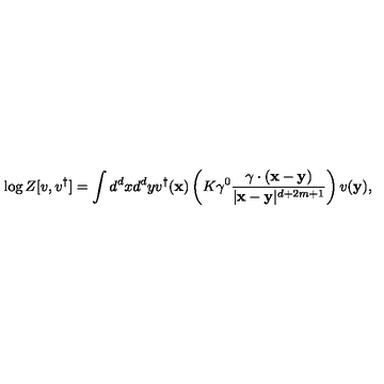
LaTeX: \log Z [ { v } , { v } ^ { \dagger } ] = \int d ^ { d } { x } d ^ { d } { y } { v } ^ { \dagger } ( { \mathbf { x } } ) \left( K \gamma ^ { 0 } \frac { \gamma \cdot ( { \mathbf { x } } - { \mathbf { y } } ) } { | { \mathbf { x } } - { \mathbf { y } } | ^ { d + 2 m + 1 } } \right) { v } ( { \mathbf { y } } ) ,